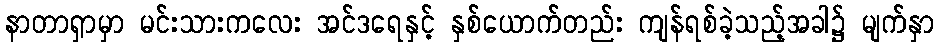
နာတာရှာမှာ မင်းသားကလေး အင်ဒရေနှင့် နှစ်ယောက်တည်း ကျန်ရစ်ခဲ့သည့်အခါ၌ မျက်နှာ